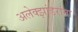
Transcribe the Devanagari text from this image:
अलेक्झांडरांना